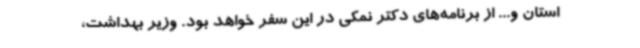
استان و... از برنامه‌های دکتر نمکی در این سفر خواهد بود. وزیر بهداشت،